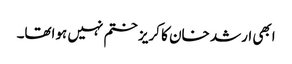
ابھی ارشد خان کا کریز ختم نہیں ہواتھا۔